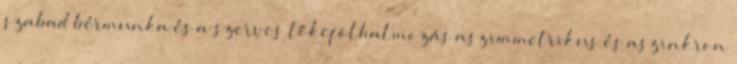
szabad bérmunka és a szerves tőkefölhalmozás aszimmetrikus és aszinkron